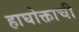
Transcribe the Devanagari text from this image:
हाघोक्ताची